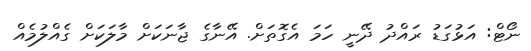
ނޯޓް: އަޅުގަޑު ރައްދު ދޭނީ ހަމަ އެގޮތަށް. އޭނާގެ ޖާނަކަށް މާލަކަށް ގެއްލުމެއް